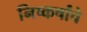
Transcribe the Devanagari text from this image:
निष्कर्षांचे